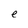
Character: e